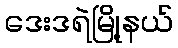
ဒေးဒရဲမြို့နယ်